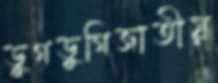
ডুগডুগিজাতীয়